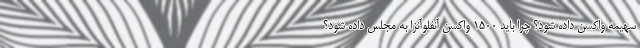
سهیمه واکسن داده شود؟ چرا باید 1500 واکسن آنفلوآنزا به مجلس داده شود؟